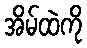
အိမ်ထဲကို